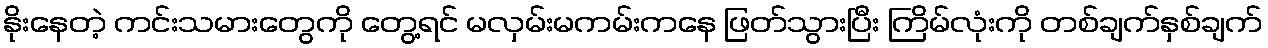
နိုးနေတဲ့ ကင်းသမားတွေကို တွေ့ရင် မလှမ်းမကမ်းကနေ ဖြတ်သွားပြီး ကြိမ်လုံးကို တစ်ချက်နှစ်ချက်